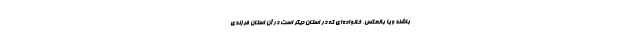
باشند و یا بالعکس، خانواده‌ای که در استان دیگر است در آن استان فرزندی